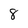
Character: 8